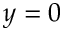
y = 0